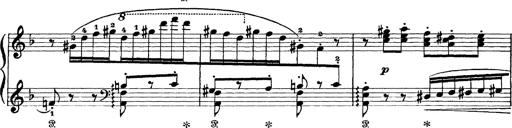
Title: Scherzo und Marsch
Composer: Franz Liszt